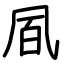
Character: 凮